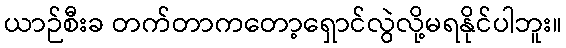
ယာဉ်စီးခ တက်တာကတော့ရှောင်လွဲလို့မရနိုင်ပါဘူး။